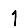
Digit: 1